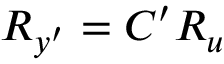
\boldsymbol { R _ { y ^ { \prime } } } = \boldsymbol { C ^ { \prime } } \boldsymbol { R _ { u } }